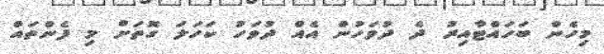
މިހެން ބަހައްޓާއިރު ދެ ދުވަހުން އެއް ދުވަހު ކަހަލަ ގޮތަށް މި ފެންތައް